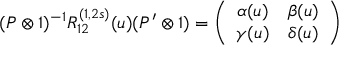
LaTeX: ( P \otimes 1 ) ^ { - 1 } R _ { 1 2 } ^ { ( 1 , 2 s ) } ( u ) ( P ^ { \prime } \otimes 1 ) = \left( \begin{array} { c c } { { \alpha ( u ) } } & { { \beta ( u ) } } \\ { { \gamma ( u ) } } & { { \delta ( u ) } } \end{array} \right)